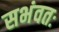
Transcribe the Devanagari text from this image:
सभंवतः